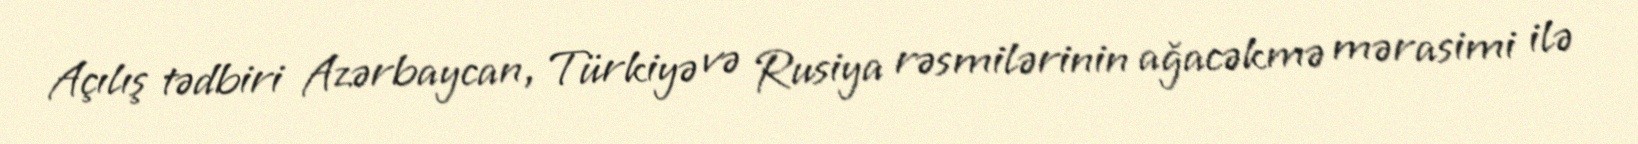
Açılış tədbiri Azərbaycan, Türkiyə və Rusiya rəsmilərinin ağacəkmə mərasimi ilə